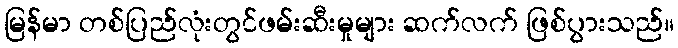
မြန်မာ တစ်ပြည်လုံးတွင်ဖမ်းဆီးမှုများ ဆက်လက် ဖြစ်ပွားသည်။